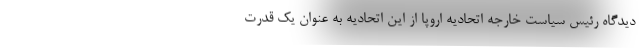
دیدگاه رئیس سیاست خارجه اتحادیه اروپا از این اتحادیه به عنوان یک قدرت